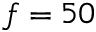
f = 5 0